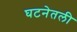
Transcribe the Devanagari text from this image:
घटनेतली